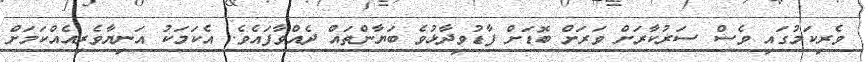
ވެރިކަމުގައި ވެސް ސަރުކާރަށް ވަރަށް ބޮޑަށް ފާޑުވިދާޅުވެ ބަޔާންތައް ދެއްވާފައެވެ. އެކަމަކު އަނިޔާވެރިއެއްކަމަށް